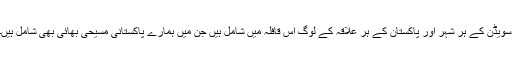
سویڈن کے ہر شہر اور پاکستان کے ہر علاقہ کے لوگ اس قافلہ میں شامل ہیں جن میں ہمارے پاکستانی مسیحی بھائی بھی شامل ہیں۔